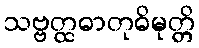
သဗ္ဗတ္ထဓာတုဓိမုတ္တိ